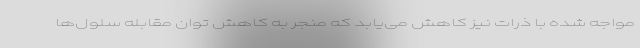
مواجه شده با ذرات نیز کاهش می‌یابد که منجر به کاهش توان مقابله سلول‌ها